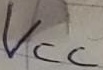
Text: VCC